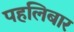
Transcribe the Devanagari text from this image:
पहलिबार